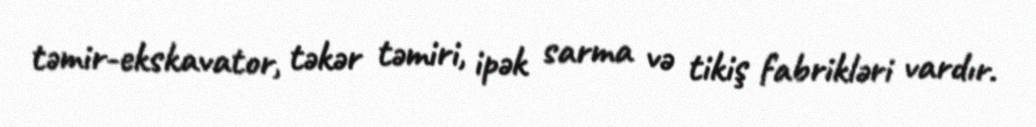
təmir-ekskavator, təkər təmiri, ipək sarma və tikiş fabrikləri vardır.